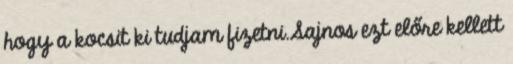
hogy a kocsit ki tudjam fizetni.Sajnos ezt előre kellett